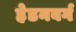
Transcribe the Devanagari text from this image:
हेडनबर्ग